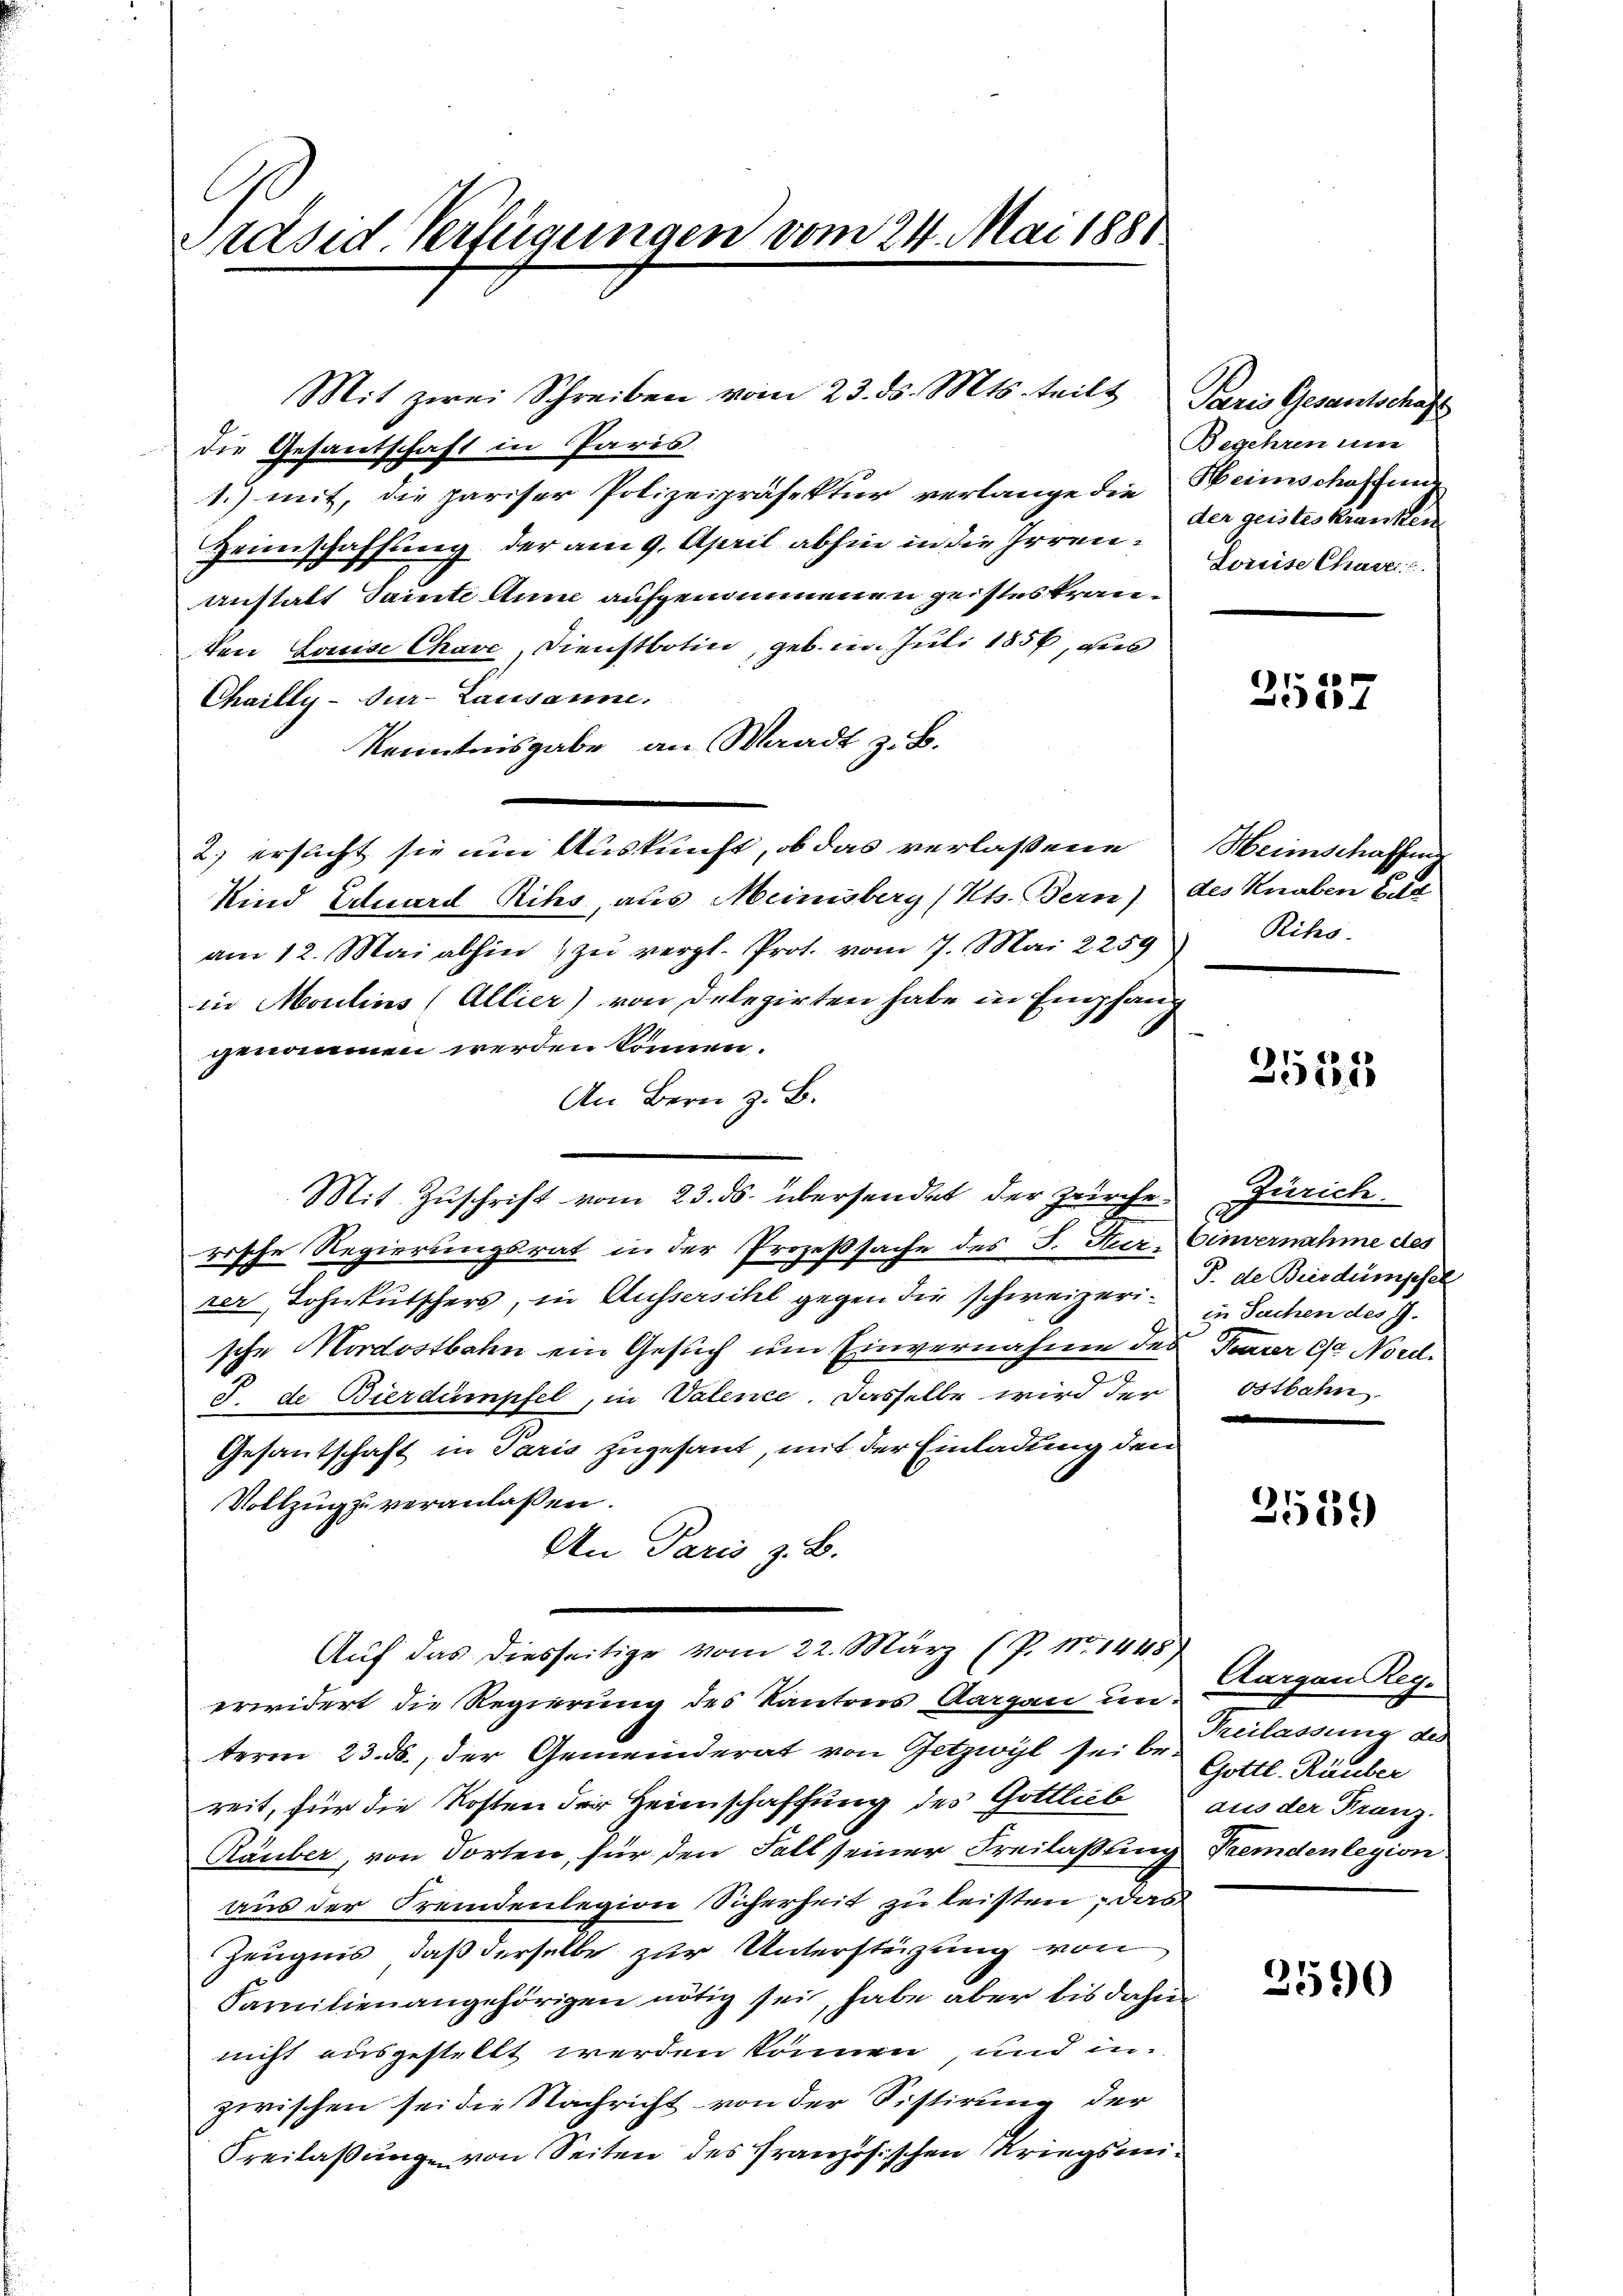
Präsid. Verfügungen vom 24. Mai 1881.

Mit zwei Schreiben vom 23. ds. Mts. teilt Paris Gesantschaft
die Gesantschaft in Paris.
1.) mit, die pariser Polizeipräsektier verlange die Heimschaffun
Heimschaffung der am 9. April abhin in die Irren¬
Anstatt Sainte Anne aufgenommenen geistes kran¬
Von Louise Chave, Dienstboten, geb. in. Juli 1856, aus
Chailly-Sur- Lausanne.
Kenntnisgabe an Waadt z. B.
2.) ersucht sie um Auskunft, ob das verlassene
Kind Eduard Rihs, aus Meinisberg (Kt. Bern) des Knaben Ber
am 12. Mai abhin zŭ vergl. Prot. vom 7. Mai 2259
in Moulins (Allier) von Delegirten habe in Empfang
genommen werden können.
An Bern z. B.
rische Regierungsrat in der Prozeßsache des J. Nur Einvernahme des
rer Lohnkutschers, in Aussersihl gegen die schweizerin in Sachen des J.
sche Mordostbahn ein Gesuch um Einvernahme des Parrer er Nord¬
J. de Bierdumpfel, in Valence. Dasselbe wird der
Gesantschaft in Paris zugesant, mit der Einladung den
Vollzug zu veranlassen.
An Paris z. B.
Auf das diesseitige vom 22. März (P. Nr. 1448)
erwidert die Regierung des Kantons Aargau un-
term 23. ds., der Gemeinderat von etzwyl sei der Gottl. Räuber
reit, für die Kosten der Heimschaffung des Gottlieb
Räuber, von dorten, für den Fall seiner Freilaßung Fremdenlegion
aus der Fremdenlegion Sicherheit zu leisten, das
Zeugnis, daß derselbe zur Unterstüzung von
Familienangehörigen nötig sei, habe aber bis dahin
nicht ausgestellt werden können, und in
zwischen sei die Nachricht von der Sistirung der
Freilassung von Seiten des Französischen Kriegsmi¬

Mit Zuschrift vom 23. ds. übersendet der Zürche.

Begehren um
der geistes Kranken
Soreise Chase

e
2504

Heimschaffen
Riho

1
951

Zürich
P. de Bierdumpfel
ostbahn

3539

Aargau Reg.
Freilassung des
aus der Franz.

3590